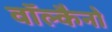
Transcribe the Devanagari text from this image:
वॉल्कैनो